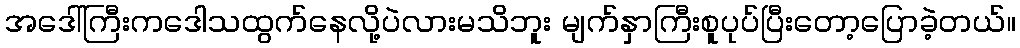
အဒေါ်ကြီးကဒေါသထွက်နေလို့ပဲလားမသိဘူး မျက်နှာကြီးစူပုပ်ပြီးတော့ပြောခဲ့တယ်။